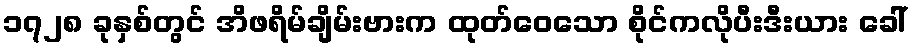
၁၇၂၈ ခုနှစ်တွင် အိဖရိမ်ချိမ်းဗားက ထုတ်ဝေသော စိုင်ကလိုပီးဒီးယား ခေါ်